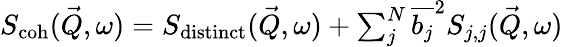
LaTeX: \begin{array}{r}{S_{\mathrm{coh}}(\vec{Q},\omega)=S_{\mathrm{distinct}}(\vec{Q},\omega)+\sum_{j}^{N}{\overline{{b_{j}}}^{2}}S_{j,j}(\vec{Q},\omega)}\end{array}